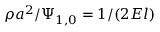
\rho { a } ^ { 2 } / \Psi _ { 1 , 0 } = 1 / ( 2 E l )